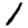
Digit: 1